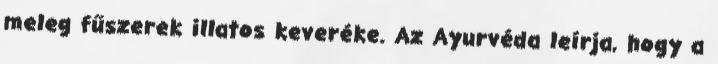
meleg fűszerek illatos keveréke. Az Ayurvéda leírja, hogy a